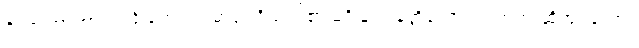
ဝိညာဏာဘာဝသင်္ခါတေ၊ ပဌမာရုပ္ပဝိညာဉ်၏ မရှိခြင်း နတ္ထိဘောပညတ်ဟု ဆိုအပ်သော။